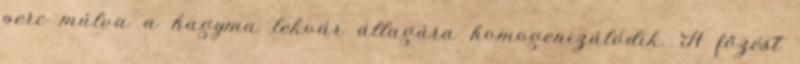
perc múlva a hagyma lekvár állagúra homogenizálódik. A főzést